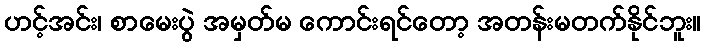
ဟင့်အင်း၊ စာမေးပွဲ အမှတ်မ ကောင်းရင်တော့ အတန်းမတက်နိုင်ဘူး။